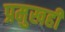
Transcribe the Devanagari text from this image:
प्रमुखही